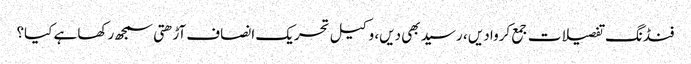
فنڈنگ تفصیلات جمع کروا دیں ، رسید بھی دیں، وکیل تحریک انصاف آڑھتی سمجھ رکھا ہے کیا؟